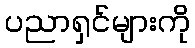
ပညာရှင်များကို